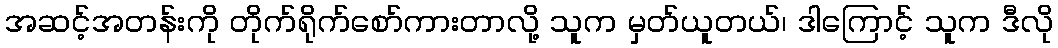
အဆင့်အတန်းကို တိုက်ရိုက်စော်ကားတာလို့ သူက မှတ်ယူတယ်၊ ဒါကြောင့် သူက ဒီလို